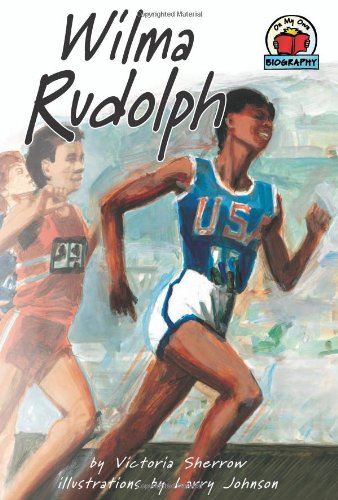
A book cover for Wilma Rudolph (On My Own Biography); Victoria Sherrow; Children's Books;